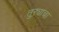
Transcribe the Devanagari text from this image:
तुऱ्याचा